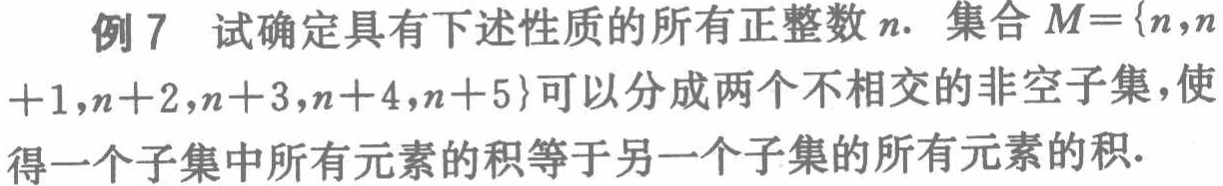
例 7 试确定具有下述性质的所有正整数 \(n\). 集合 \(M = \{n,n + 1,n + 2,n + 3,n + 4,n + 5\}\)可以分成两个不相交的非空子集，使得一个子集中所有元素的积等于另一个子集的所有元素的积.